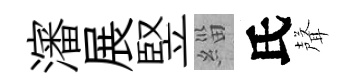
瀋展竪緇氏聲